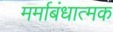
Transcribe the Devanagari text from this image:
मर्माबंधात्मक